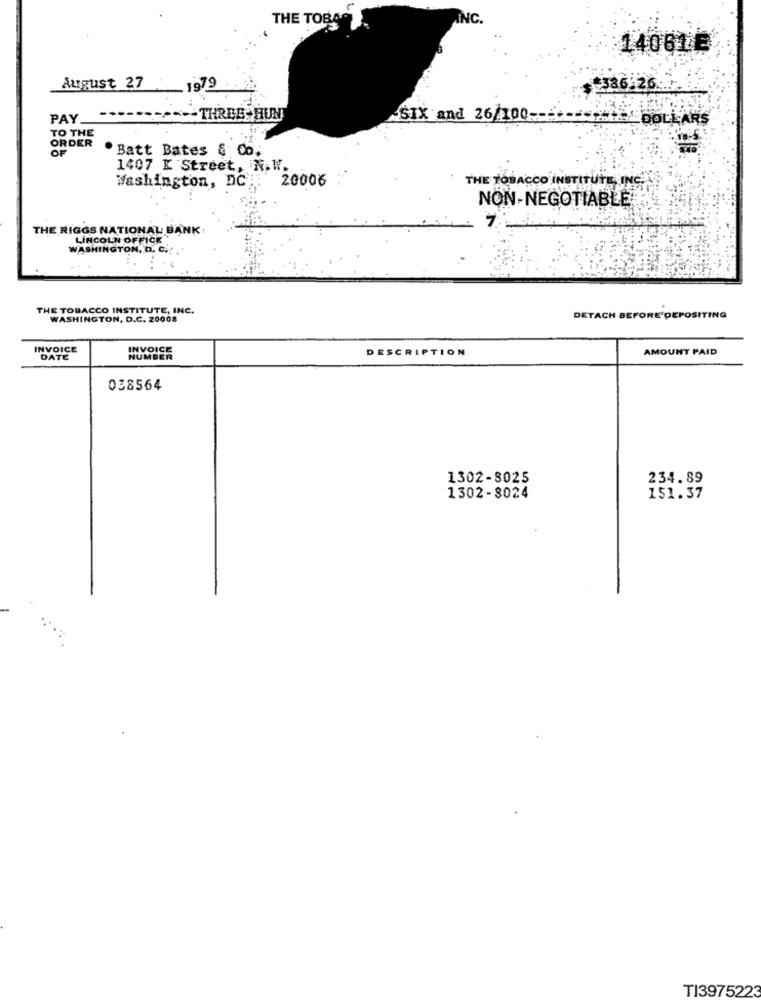
NC.
THE TOBAO
14061E
August 27
1979
$+336.26 ..
PAY.
THREE- HUN
-SIX and 26/100 --
-DOLLARS
TO THE
ORDER
Batt Bates & Co.
1407 K Street, N.W.
Washington, DC:
20006
THE TOBACCO INSTITUTE INCE
NON-NEGOTIABLE
THE RIGGS NATIONAL BANK
LINCOLN OFFICE
WASHINGTON, D. C .:
THE TOBACCO INSTITUTE, INC.
WASHINGTON, D.C. 20008
DETACH BEFORE'DEPOSITING
INVOICE
DESCRIPTION
AMOUNT PAID
DATE
038564
1302-8025
234.89
1302-8024
151.37
TI3975223